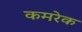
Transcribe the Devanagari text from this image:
कमरेक